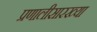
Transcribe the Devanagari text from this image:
प्रणालीसारख्या